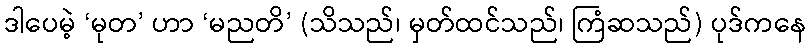
ဒါပေမဲ့ ‘မုတ’ ဟာ ‘မညတိ’ (သိသည်၊ မှတ်ထင်သည်၊ ကြံဆသည်) ပုဒ်ကနေ